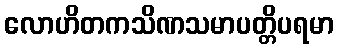
လောဟိတကသိဏသမာပတ္တိပရမာ